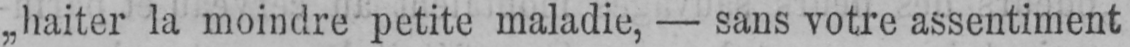
„ haiter la moindre- petite maladie, - sans votre assentiment